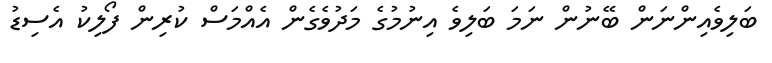
ބަލިވެއިންނަން ބޭނުން ނަމަ ބަލިވެ އިނުމުގެ މަދުވެގެން އެއްމަސް ކުރިން ފޯލިކު އެސިޑު